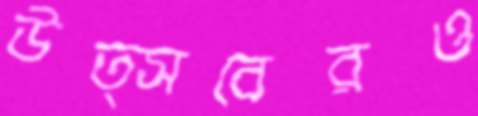
উত্সবেরও